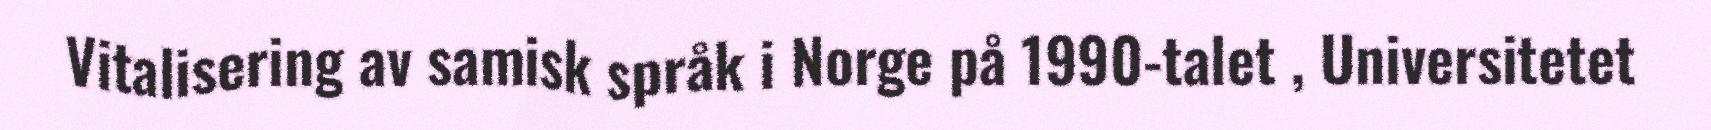
Vitalisering av samisk språk i Norge på 1990-talet , Universitetet